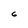
Character: 6